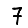
Digit: 7